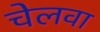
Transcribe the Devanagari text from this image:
चेलवा